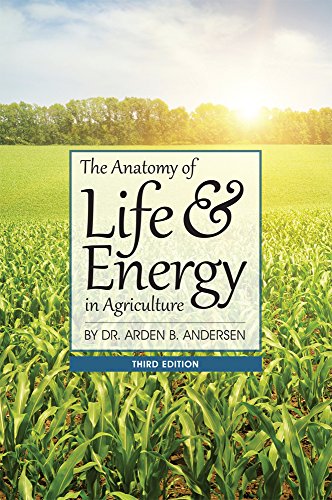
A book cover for Anatomy of Life & Energy in Agriculture; Arden Andersen; Science & Math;